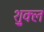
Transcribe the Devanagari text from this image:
शु्क्ल